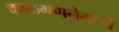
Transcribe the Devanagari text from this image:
काळगणनेमध्ये